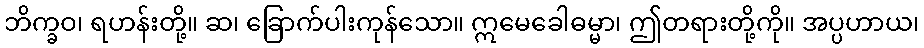
ဘိက္ခဝ၊ ရဟန်းတို့။ ဆ၊ ခြောက်ပါးကုန်သော။ ဣမေခေါဓမ္မာ၊ ဤတရားတို့ကို။ အပ္ပဟာယ၊